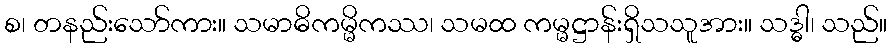
စ၊ တနည်းသော်ကား။ သမာဓိကမ္မိကဿ၊ သမထ ကမ္မဋ္ဌာန်းရှိသသူအား။ သဒ္ဓါ၊ သည်။